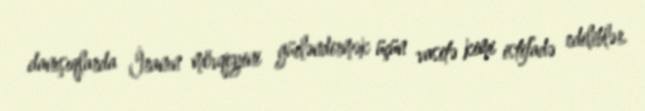
danışıqlarda İranın mövqeyini gücləndirmək üçün vasitə kimi istifadə ediliblər.